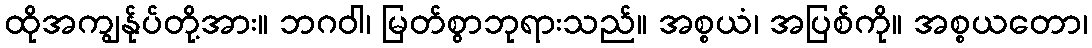
ထိုအကျွန်ုပ်တို့အား။ ဘဂဝါ၊ မြတ်စွာဘုရားသည်။ အစ္စယံ၊ အပြစ်ကို။ အစ္စယတော၊